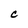
Character: C